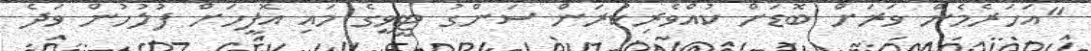
"އަހަރެމެން ވަރަށް ބޮޑަށް ކުއްވެރިކުރަން ސަންގު ޓީވީގެ މައި އޮފީހަށް ފުލުހުން ވަދެ